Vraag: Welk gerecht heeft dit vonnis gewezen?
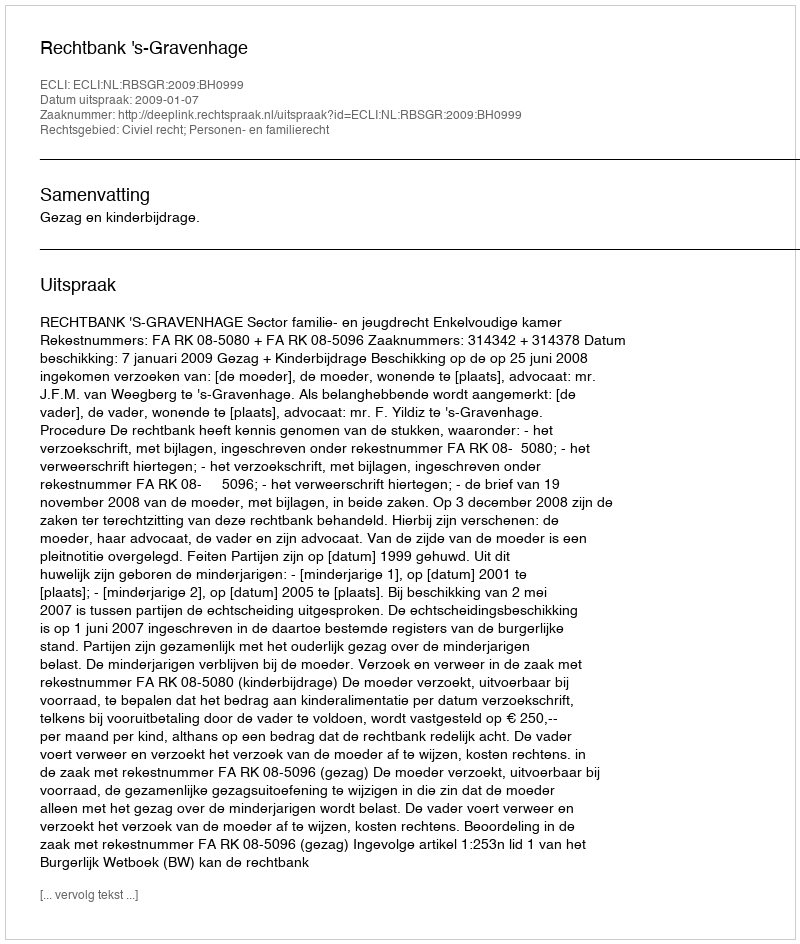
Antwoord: Rechtbank 's-Gravenhage